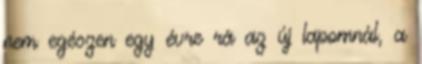
nem egészen egy évre rá az új lapomnál, a